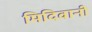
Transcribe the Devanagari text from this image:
मिदिवानी